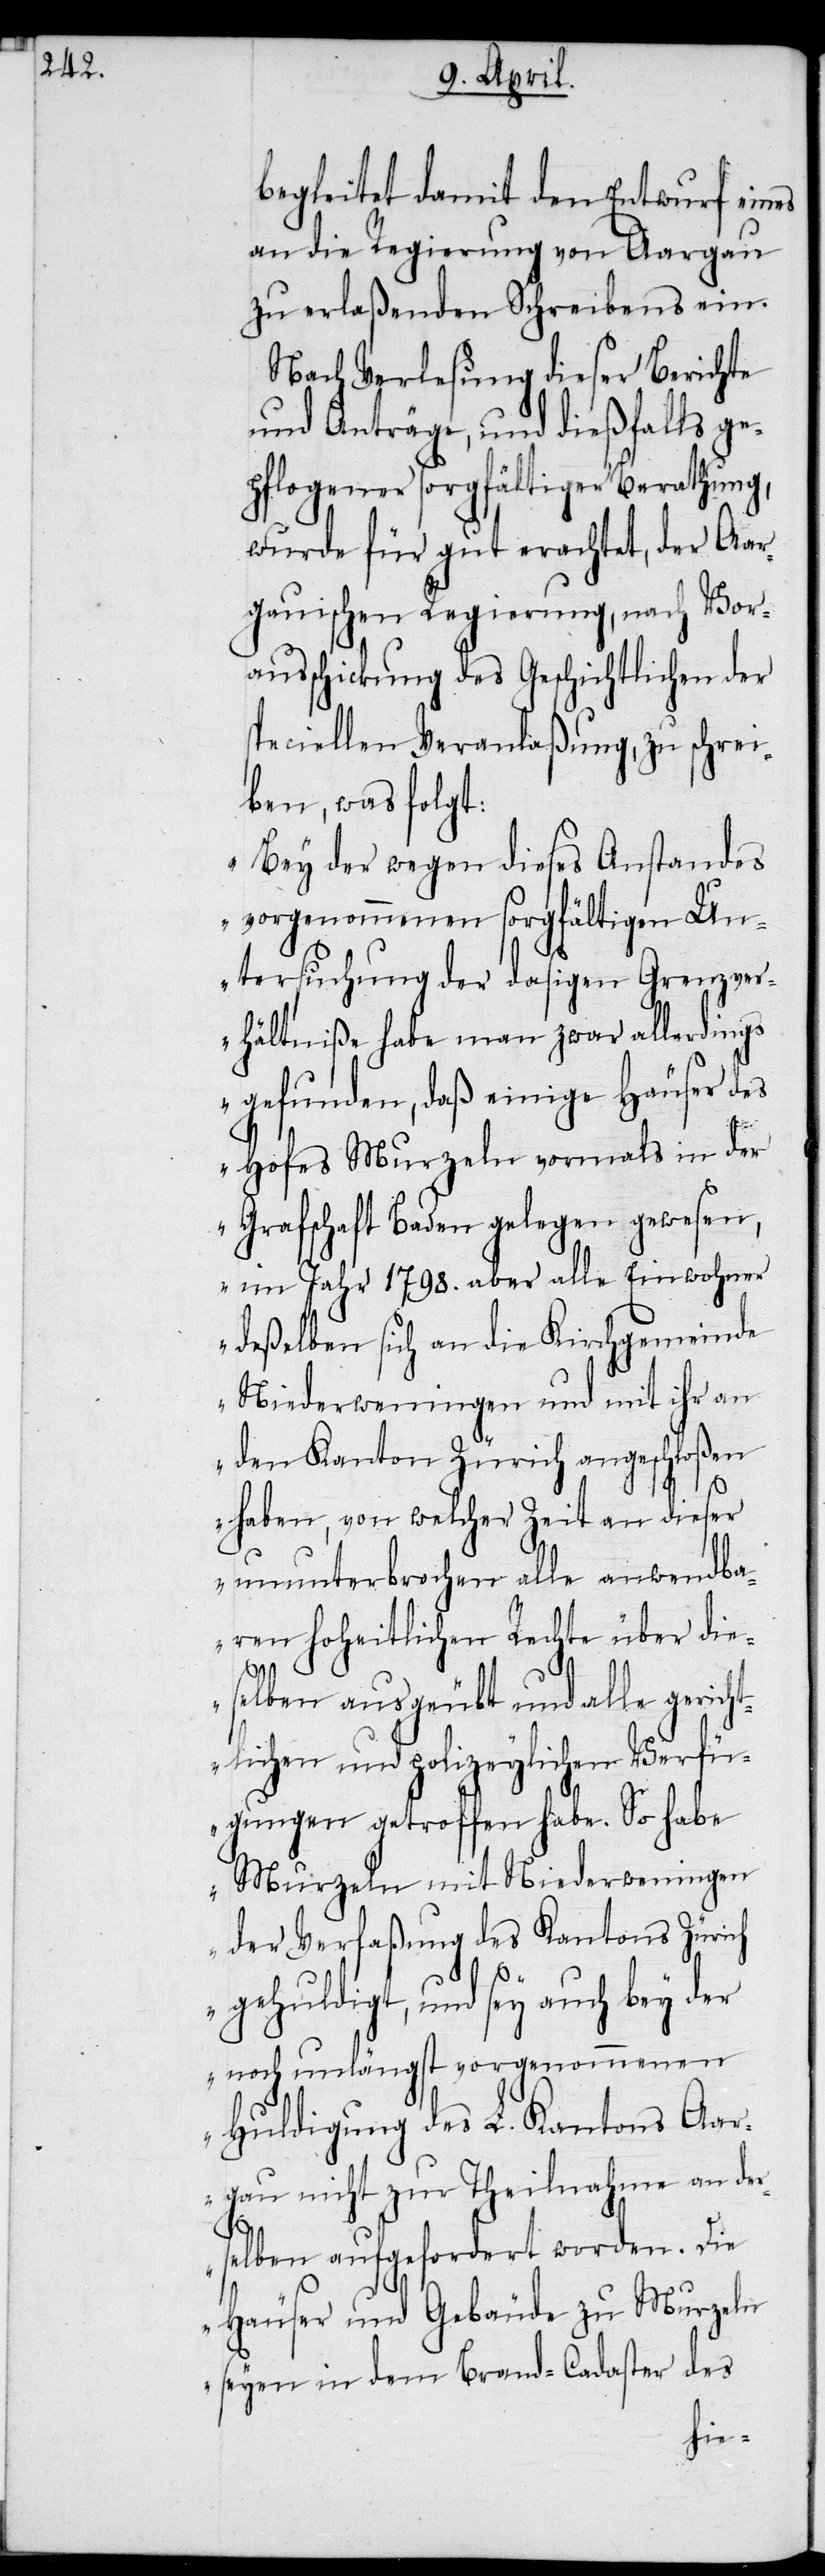
begleitet damit den Entwurf eines
an die Regierung von Aargau
zu erlaßenden Schreibens ein.
Nach Verlesung dieser Berichte
und Anträge, und dießfalls ge¬
pflogener sorgfältiger Berathung,
wurde für gut erachtet, der Aar¬
gauischen Regierung, nach Vor¬
ausschickung des Geschichtlichen der
speciellen Veranlaßung, zu schrei¬
ben, was folgt:
„Bey der wegen dieses Anstandes
vorgenommenen sorgfältigen Un¬
tersuchung der dasigen Grenzver¬
hältniße habe man zwar allerdings
gefunden, daß einige Häuser des
Hofes Murzeln vormals in der
Grafschaft Baden gelegen gewesen,
im Jahr 1798. aber alle Einwohner
deßelben sich an die Kirchgemeinde
Niederweningen und mit ihr an
den Kanton Zürich angeschloßen
haben, von welcher Zeit an dieser
ununterbrochen alle anwendba¬
ren hoheitlichen Rechte über die¬
selben ausgeübt und alle gericht¬
lichen und polizeylichen Verfü¬
gungen getroffen habe. So habe
Murzeln mit Niederweningen
der Verfaßung des Kantons Zürich
gehuldigt, und sey auch bey der
noch unlängst vorgenommenen
Huldigung des L. Kantons Aar¬
gau nicht zur Theilnahme an der¬
selben aufgefordert worden. Die
Häuser und Gebäude zu Murzeln
seyen in dem Brand-Cadaster des